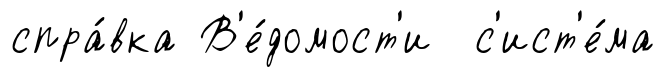
спра́вка В'е́домост'и с'ист'е́ма